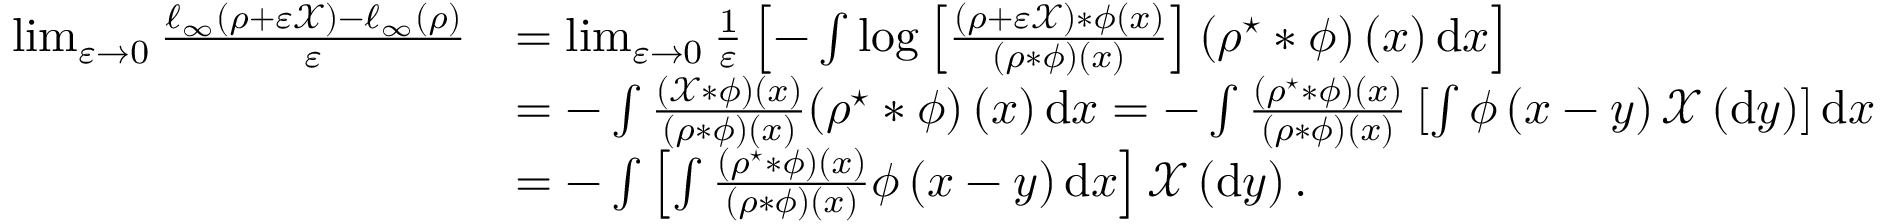
\begin{array} { r l } { \operatorname* { l i m } _ { \varepsilon \to 0 } \frac { \ell _ { \infty } \left( \rho + \varepsilon \mathcal { X } \right) - \ell _ { \infty } \left( \rho \right) } { \varepsilon } } & { = \operatorname* { l i m } _ { \varepsilon \to 0 } \frac { 1 } { \varepsilon } \left[ - \int \log \left[ \frac { \left( \rho + \varepsilon \mathcal { X } \right) * \phi \left( x \right) } { ( \rho * \phi ) \left( x \right) } \right] ( \rho ^ { \star } * \phi ) \left( x \right) \mathrm { d } x \right] } \\ & { = - \int \frac { ( \mathcal { X } * \phi ) \left( x \right) } { ( \rho * \phi ) \left( x \right) } ( \rho ^ { \star } * \phi ) \left( x \right) \mathrm { d } x = - \int \frac { ( \rho ^ { \star } * \phi ) \left( x \right) } { ( \rho * \phi ) \left( x \right) } \left[ \int \phi \left( x - y \right) \mathcal { X } \left( \mathrm { d } y \right) \right] \mathrm { d } x } \\ & { = - \int \left[ \int \frac { ( \rho ^ { \star } * \phi ) \left( x \right) } { ( \rho * \phi ) \left( x \right) } \phi \left( x - y \right) \mathrm { d } x \right] \mathcal { X } \left( \mathrm { d } y \right) . } \end{array}